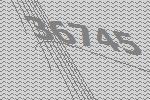
36745